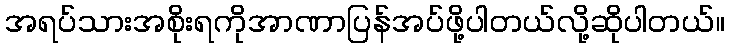
အရပ်သားအစိုးရကိုအာဏာပြန်အပ်ဖို့ပါတယ်လို့ဆိုပါတယ်။